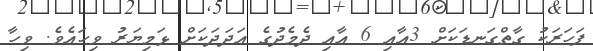
ފަހަރަކު ގާތްގަނޑަކަށް 3އާއި 6 އާއި ދެމެދުގެ އަދަދަކަށް ޅަމިޔަރު ވިހައެވެ. ވިހާ